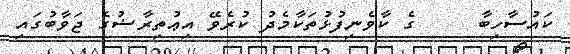
ކައުސާހިބާ     ގެ ކާވެނިފުޅުތަކާމެދު ކުރެވޭ އިޢުތިރާޟުގެ ޖަވާބުގައި